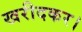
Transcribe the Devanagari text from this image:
खरीदकर।